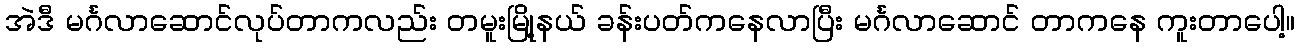
အဲဒီ မင်္ဂလာဆောင်လုပ်တာကလည်း တမူးမြို့နယ် ခန်းပတ်ကနေလာပြီး မင်္ဂလာဆောင် တာကနေ ကူးတာပေါ့။